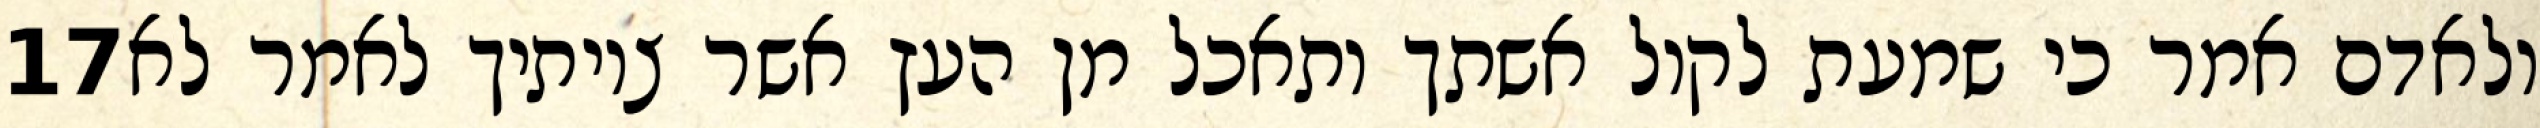
‎17‏ ולאדם אמר כי שמעת לקול אשתך ותאכל מן העץ אשר צויתיך לאמר לא